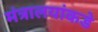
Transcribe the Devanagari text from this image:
मंत्रालयांकडे